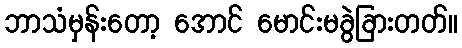
ဘာသံမှန်းတော့ အောင် မောင်းမခွဲခြားတတ်။